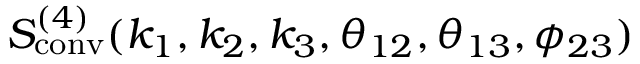
S _ { \mathrm { c o n v } } ^ { ( 4 ) } ( k _ { 1 } , k _ { 2 } , k _ { 3 } , \theta _ { 1 2 } , \theta _ { 1 3 } , \phi _ { 2 3 } )